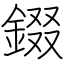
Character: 錣